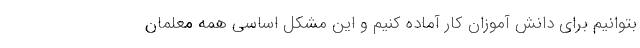
بتوانیم برای دانش آموزان کار آماده کنیم و این مشکل اساسی همه معلمان